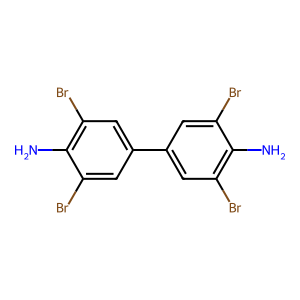
SMILES: Nc1c(Br)cc(-c2cc(Br)c(N)c(Br)c2)cc1Br
Inhibits HIV replication: No